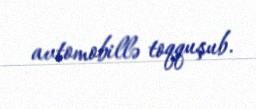
avtomobillə toqquşub.